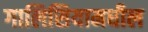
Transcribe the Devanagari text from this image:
गालिसियामधील